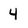
Character: 4